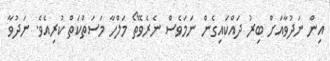
އިން ނަދުވާއަށް ބިރު ދައްކައިގެން ނަމަވެސް ނެރެވޭތޯ މަލްހާ މަސަތްކަތް ކުރިއެވެ. ނަދުވާ